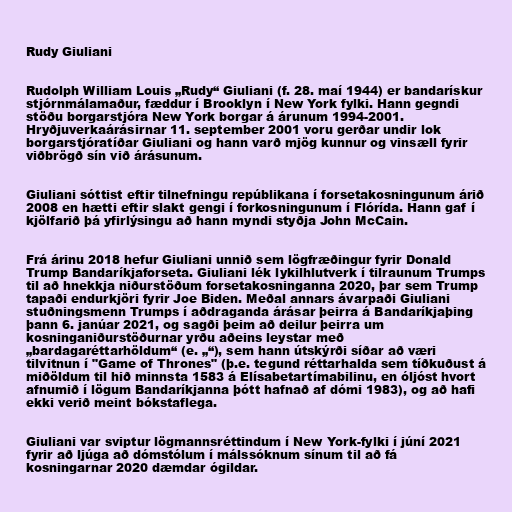
Rudy Giuliani

Rudolph William Louis „Rudy“ Giuliani (f. 28. maí 1944) er bandarískur
stjórnmálamaður, fæddur í Brooklyn í New York fylki. Hann gegndi
stöðu borgarstjóra New York borgar á árunum 1994-2001.
Hryðjuverkaárásirnar 11. september 2001 voru gerðar undir lok
borgarstjóratíðar Giuliani og hann varð mjög kunnur og vinsæll fyrir
viðbrögð sín við árásunum.

Giuliani sóttist eftir tilnefningu repúblikana í forsetakosningunum árið
2008 en hætti eftir slakt gengi í forkosningunum í Flórída. Hann gaf í
kjölfarið þá yfirlýsingu að hann myndi styðja John McCain.

Frá árinu 2018 hefur Giuliani unnið sem lögfræðingur fyrir Donald
Trump Bandaríkjaforseta. Giuliani lék lykilhlutverk í tilraunum Trumps
til að hnekkja niðurstöðum forsetakosninganna 2020, þar sem Trump
tapaði endurkjöri fyrir Joe Biden. Meðal annars ávarpaði Giuliani
stuðningsmenn Trumps í aðdraganda árásar þeirra á Bandaríkjaþing
þann 6. janúar 2021, og sagði þeim að deilur þeirra um
kosninganiðurstöðurnar yrðu aðeins leystar með
„bardagaréttarhöldum“ (e. „“), sem hann útskýrði síðar að væri
tilvitnun í "Game of Thrones" (þ.e. tegund réttarhalda sem tíðkuðust á
miðöldum til hið minnsta 1583 á Elísabetartímabilinu, en óljóst hvort
afnumið í lögum Bandaríkjanna þótt hafnað af dómi 1983), og að hafi
ekki verið meint bókstaflega.

Giuliani var sviptur lögmannsréttindum í New York-fylki í júní 2021
fyrir að ljúga að dómstólum í málssóknum sínum til að fá
kosningarnar 2020 dæmdar ógildar.